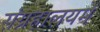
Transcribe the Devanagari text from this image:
संग्रहालयमें